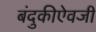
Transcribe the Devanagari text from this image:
बंदुकीऐवजी